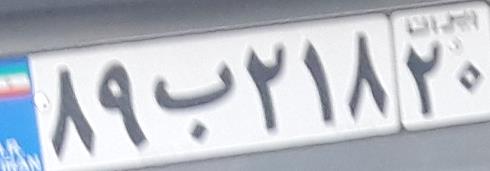
۸۹ب۲۱۸۲۰